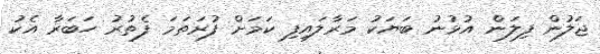
ޖަލުން ފިލަން އުޅުނު ބަޔަކު މަރާލައިފި ކަމަށް ފުރަތަމަ ފެތުރު ހަބަރާ އެކު